Indian journal of veterinary science and animal husbandry - Volume 6,
Year: 1936
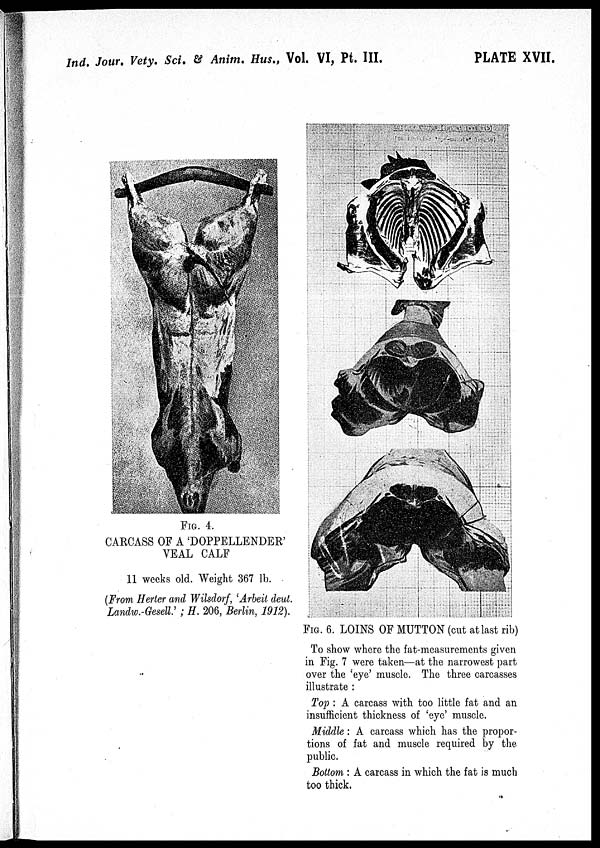
Ind. Jour. Vety. Sci. & Anim. Hus., Vol. VI, Pt. III.
PLATE XVII.
FIG. 4.
CARCASS OF A 'DOPPELLENDER'
VEAL CALF
11 weeks old. Weight 367 lb.
(From Herter and Wilsdorf, 'Arbeit deut.
Landw.-Gesell.' ; H. 206, Berlin, 1912).
FIG. 6. LOINS OF MUTTON (cut at last rib)
To show where the fat-measurements given
in Fig. 7 were taken—at the narrowest part
over the 'eye' muscle. The three carcasses
illustrate :
Top : A carcass with too little fat and an
insufficient thickness of 'eye' muscle.
Middle: A carcass which has the propor-
tions of fat and muscle required by the
public.
Bottom : A carcass in which the fat is much
too thick.